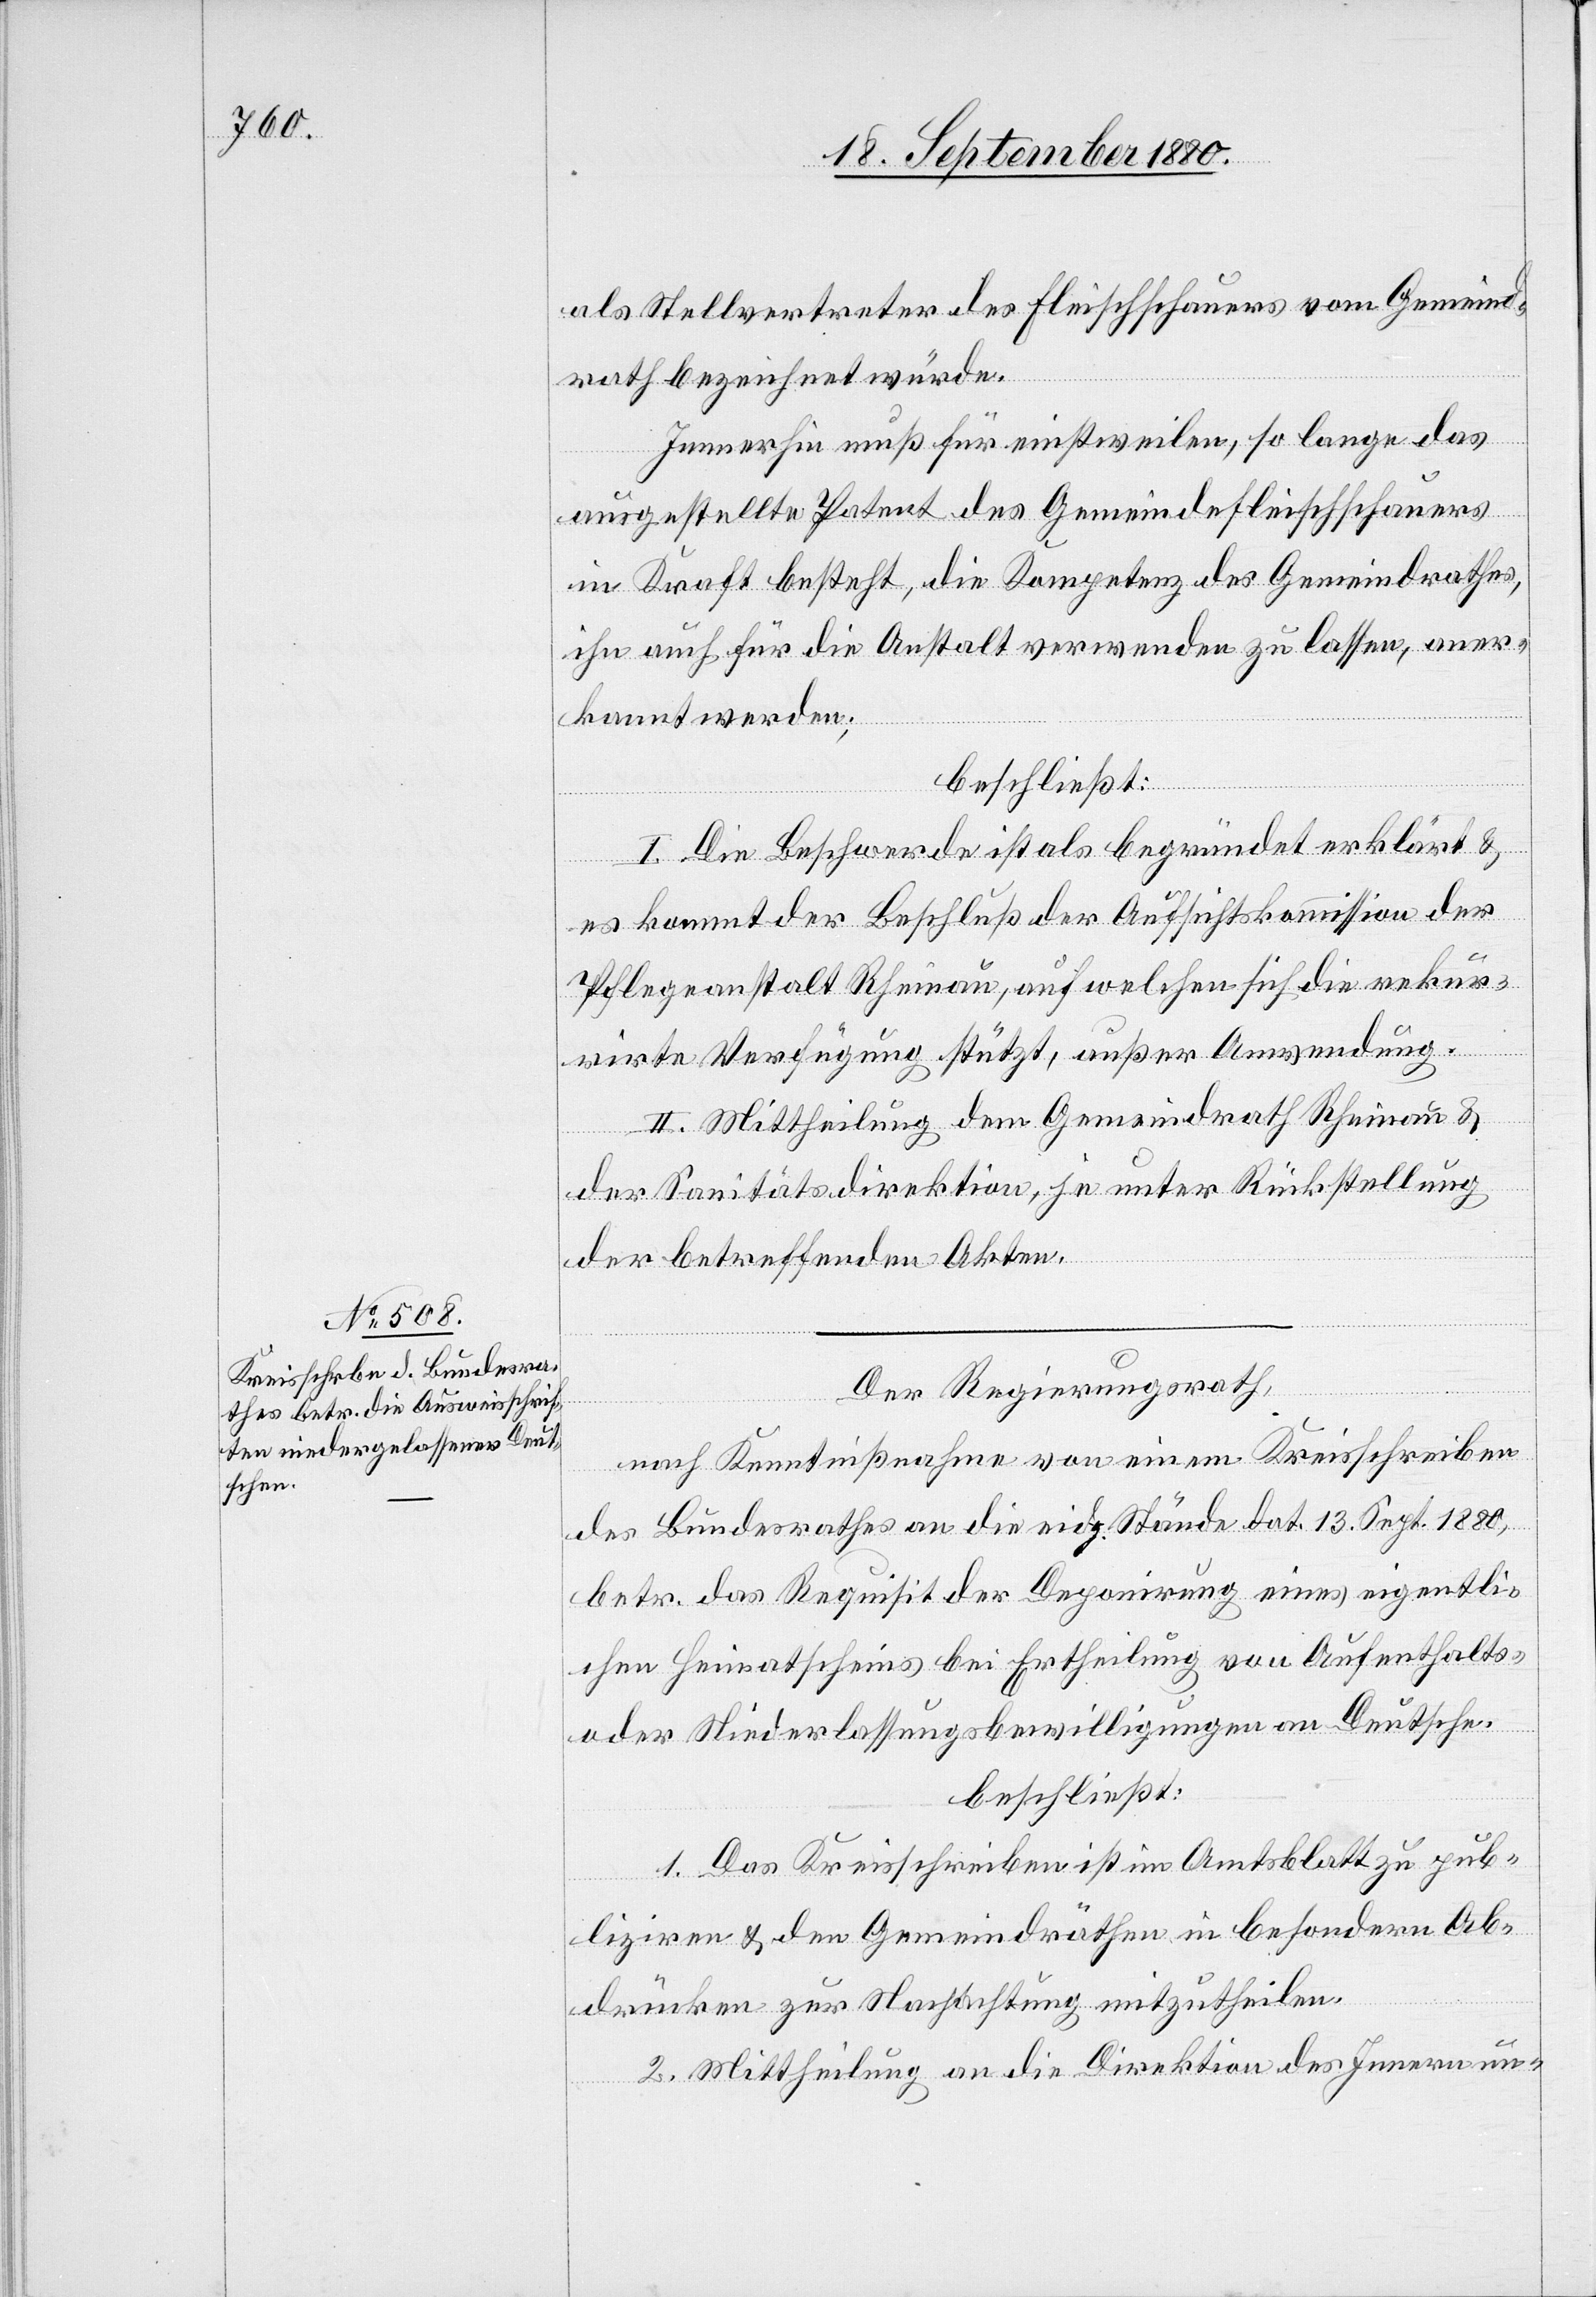
als Stellvertreter des Fleischschauers vom Gemeind¬
rath bezeichnet würde.
Immerhin muß für einstweilen, so lange das
ausgestellte Patent des Gemeindefleischschauers
in Kraft besteht, die Kompetenz des Gemeindrathes,
ihn auch für die Anstalt verwenden zu lassen aner¬
kannt werden;
beschließt:
I. Die Beschwerde als begründet erklärt &
es kommt der Beschluß der Aufsichtskommission der
Pflegeanstalt Rheinau, auf welchen sich die rekur¬
rirte Verfügung stützt, außer Anwendung.
II. Mittheilung dem Gemeindrath Rheinau &
der Sanitätsdirektion, je unter Rückstellung
der betreffenden Akten.
Der Regierungsrath,
nach Kenntnißnahme von einem Kreisschreiben
des Bundesrathes an die eidg. Stände dat. 13. Sept. 1880,
betr. das Requisit der Deponirung eines eigentli¬
chen Heimatscheins bei Ertheilung von Aufenthalts-
oder Niederlassungsbewilligungen an Deutsche,
beschließt:
1. Das Kreisschreiben ist im Amtsblatt zu pub¬
liziren & den Gemeinderäthen in besondern Ab¬
drücken zur Nachachtung mitzutheilen.
2. Mittheilung an die Direktion des Innern un-